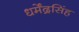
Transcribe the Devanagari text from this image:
धर्मेंद्रसिंह